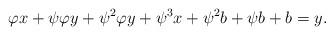
LaTeX: \begin{align*} \varphi x + \psi \varphi y + \psi^2 \varphi y + \psi^3 x + \psi^2 b + \psi b + b = y.\\\end{align*}